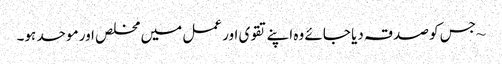
~ جس کو صدقہ دیا جائے وہ اپنےتقوی اور عمل میں مخلص اور موحد ہو۔